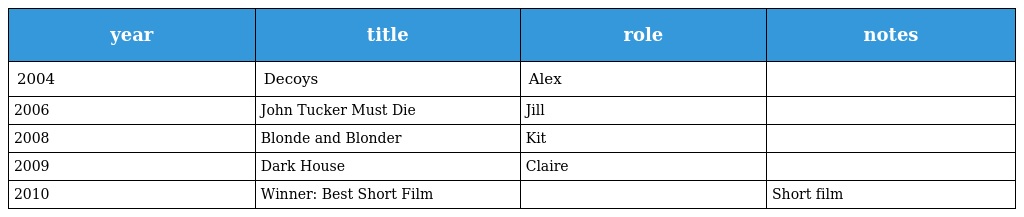
| year | title | role | notes |
 | --- | --- | --- | --- |
 | 2004 | Decoys | Alex |  |
 | 2006 | John Tucker Must Die | Jill |  |
 | 2008 | Blonde and Blonder | Kit |  |
 | 2009 | Dark House | Claire |  |
 | 2010 | Winner: Best Short Film |  | Short film |